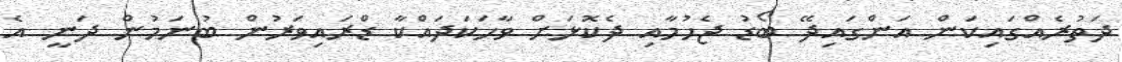
ދަތުރެއްގައިކަން އަންގައިދޭ ބޯޑު ޖެހުމާއި ދެކޮޅަށް ވާހަކަދައްކާ ޑްރައިވަރުން ބުނަމުން ދަނީ އެ